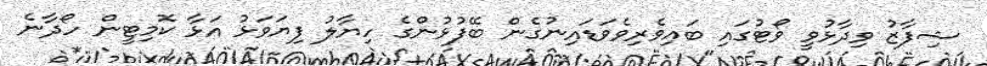
ޝިފާޒު ވިދާޅުވީ ވޯޓުގައި ބައިވެރިވެވަޑައިނުގެން ބޭފުޅުންގެ ހިޔާލު ފިޔަވަޅު އަޅާ ކޮމިޓީން ހޯދާނެ